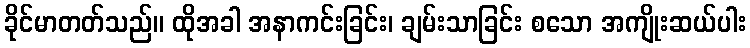
ခိုင်မာတတ်သည်။ ထိုအခါ အနာကင်းခြင်း၊ ချမ်းသာခြင်း စသော အကျိုးဆယ်ပါး